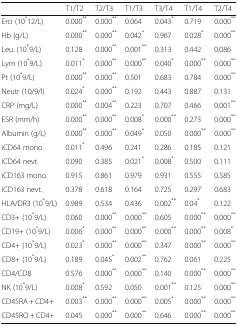
<table><thead><tr><td></td><td><b>T1/T2</b></td><td><b>T2/T3</b></td><td><b>T1/T3</b></td><td><b>T3/T4</b></td><td><b>T1/T4</b></td><td><b>T2/T4</b></td></tr></thead><tbody><tr><td>Erci (10<sup>*</sup>12/L)</td><td>0.000<sup>**</sup></td><td>0.000<sup>**</sup></td><td>0.064</td><td>0.043<sup>*</sup></td><td>0.719</td><td>0.000<sup>**</sup></td></tr><tr><td>Hb (g/L)</td><td>0.000<sup>**</sup></td><td>0.000<sup>**</sup></td><td>0.042<sup>*</sup></td><td>0.967</td><td>0.028<sup>*</sup></td><td>0.000<sup>**</sup></td></tr><tr><td>Leu. (10<sup>*</sup>9/L)</td><td>0.128</td><td>0.000<sup>**</sup></td><td>0.001<sup>**</sup></td><td>0.313</td><td>0.442</td><td>0.086</td></tr><tr><td>Lym (10<sup>*</sup>9/L)</td><td>0.011<sup>*</sup></td><td>0.000<sup>**</sup></td><td>0.000<sup>**</sup></td><td>0.040<sup>*</sup></td><td>0.000<sup>**</sup></td><td>0.000<sup>**</sup></td></tr><tr><td>Pt (10<sup>*</sup>9/L)</td><td>0.000<sup>**</sup></td><td>0.000<sup>**</sup></td><td>0.501</td><td>0.683</td><td>0.784</td><td>0.000<sup>**</sup></td></tr><tr><td>Neutr (10/9/l)</td><td>0.024<sup>*</sup></td><td>0.000<sup>**</sup></td><td>0.192</td><td>0.443</td><td>0.887</td><td>0.131</td></tr><tr><td>CRP (mg/L)</td><td>0.000<sup>**</sup></td><td>0.004<sup>**</sup></td><td>0.223</td><td>0.707</td><td>0.466</td><td>0.001<sup>**</sup></td></tr><tr><td>ESR (mm/h)</td><td>0.000<sup>**</sup></td><td>0.000<sup>**</sup></td><td>0.008<sup>*</sup></td><td>0.000<sup>**</sup></td><td>0.273</td><td>0.000<sup>**</sup></td></tr><tr><td>Albumin (g/L)</td><td>0.000<sup>**</sup></td><td>0.000<sup>**</sup></td><td>0.049<sup>*</sup></td><td>0.050</td><td>0.000<sup>**</sup></td><td>0.000<sup>**</sup></td></tr><tr><td>iCD64 mono.</td><td>0.011<sup>*</sup></td><td>0.496</td><td>0.241</td><td>0.286</td><td>0.185</td><td>0.121</td></tr><tr><td>iCD64 nevt.</td><td>0.090</td><td>0.385</td><td>0.021<sup>*</sup></td><td>0.008<sup>*</sup></td><td>0.500</td><td>0.111</td></tr><tr><td>iCD163 mono.</td><td>0.915</td><td>0.861</td><td>0.979</td><td>0.931</td><td>0.555</td><td>0.585</td></tr><tr><td>iCD163 nevt.</td><td>0.378</td><td>0.618</td><td>0.164</td><td>0.725</td><td>0.297</td><td>0.683</td></tr><tr><td>HLA/DR3 (10<sup>*</sup>9/L)</td><td>0.989</td><td>0.534</td><td>0.436</td><td>0.002<sup>**</sup></td><td>0.04<sup>*</sup></td><td>0.122</td></tr><tr><td>CD3+ (10<sup>*</sup>9/L)</td><td>0.060</td><td>0.000<sup>**</sup></td><td>0.000<sup>**</sup></td><td>0.605</td><td>0.000<sup>**</sup></td><td>0.000<sup>**</sup></td></tr><tr><td>CD19+ (10<sup>*</sup>9/L)</td><td>0.006<sup>*</sup></td><td>0.000<sup>**</sup></td><td>0.000<sup>**</sup></td><td>0.000<sup>**</sup></td><td>0.000<sup>**</sup></td><td>0.008<sup>*</sup></td></tr><tr><td>CD4+ (10<sup>*</sup>9/L)</td><td>0.023<sup>*</sup></td><td>0.000<sup>**</sup></td><td>0.000<sup>**</sup></td><td>0.347</td><td>0.000<sup>**</sup></td><td>0.000<sup>**</sup></td></tr><tr><td>CD8+ (10<sup>*</sup>9/L)</td><td>0.189</td><td>0.045<sup>*</sup></td><td>0.002<sup>**</sup></td><td>0.762</td><td>0.061</td><td>0.225</td></tr><tr><td>CD4/CD8</td><td>0.576</td><td>0.000<sup>**</sup></td><td>0.000<sup>**</sup></td><td>0.140</td><td>0.000<sup>**</sup></td><td>0.000<sup>**</sup></td></tr><tr><td>NK (10<sup>*</sup>9/L)</td><td>0.008<sup>*</sup></td><td>0.592</td><td>0.050</td><td>0.001<sup>**</sup></td><td>0.125</td><td>0.000<sup>**</sup></td></tr><tr><td>CD45RA + CD4+</td><td>0.003<sup>**</sup></td><td>0.000<sup>**</sup></td><td>0.000<sup>**</sup></td><td>0.005<sup>*</sup></td><td>0.000<sup>**</sup></td><td>0.000<sup>**</sup></td></tr><tr><td>CD45RO + CD4+</td><td>0.045</td><td>0.000<sup>**</sup></td><td>0.000<sup>**</sup></td><td>0.646</td><td>0.000<sup>**</sup></td><td>0.000<sup>**</sup></td></tr></tbody></table>